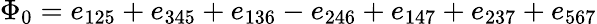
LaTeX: \Phi_{0}=e_{125}+e_{345}+e_{136}-e_{246}+e_{147}+e_{237}+e_{567}